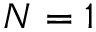
N = 1